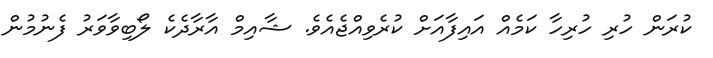
ކުރަން ހުރި ހުރިހާ ކަމެއް އައިފާއަށް ކުރެވިއްޖެއެވެ. ޝާއިމް އާރާދެކެ ލޯބިވާވަރު ފެނުމުން